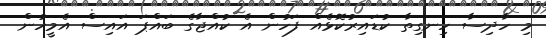
މި ހާދިސާ ހިނގިތާ ކުޑައިރުކޮޅެއް ފަހުން އެ ކުއްޖާގެ ބައްޕަ އައިސް އެމީހުން